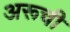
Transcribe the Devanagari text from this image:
अरूची